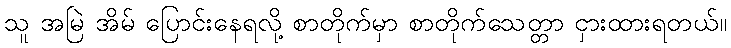
သူ အမြဲ အိမ် ပြောင်းနေရလို့ စာတိုက်မှာ စာတိုက်သေတ္တာ ငှားထားရတယ်။